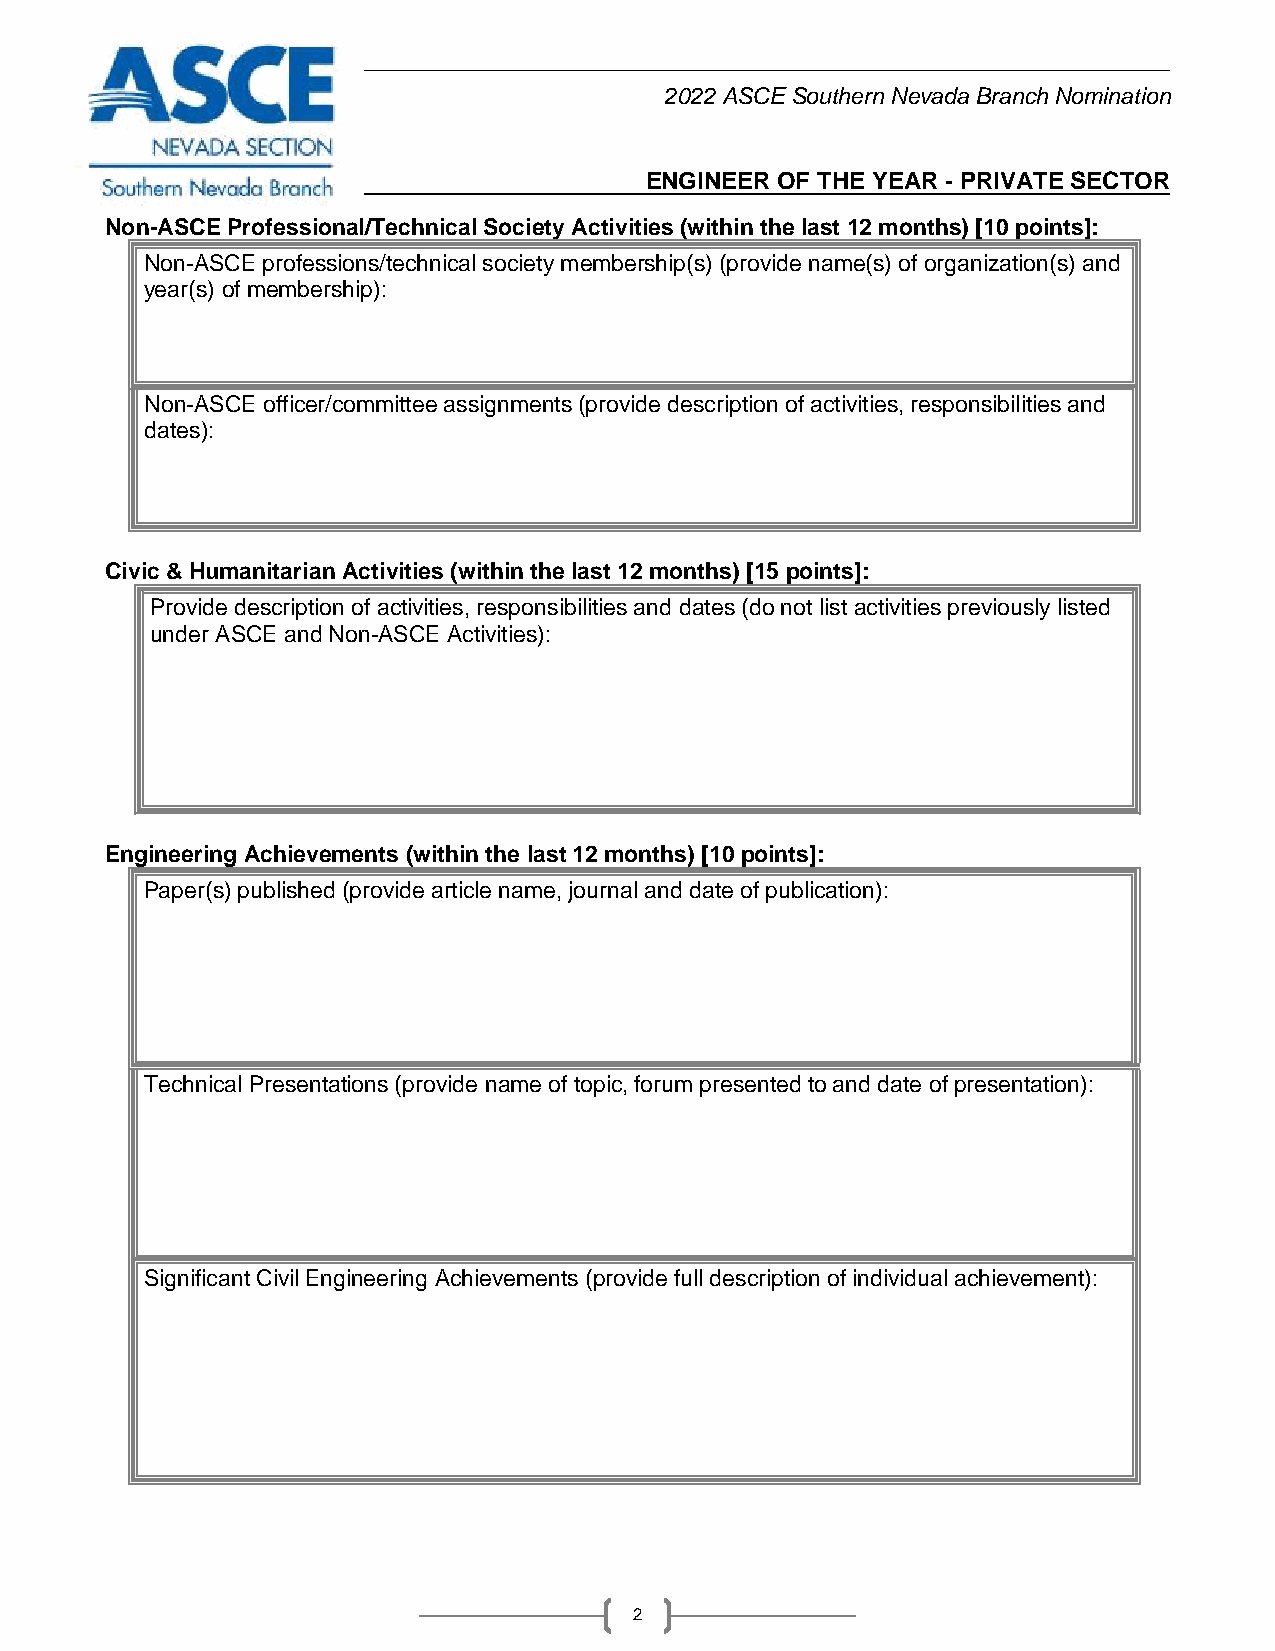
2022 ASCE Southern Nevada Branch Nomination
 ENGINEER OF THE YEAR - PRIVATE SECTOR
 Non-ASCE Professional/Technical Society Activities (within the last 12 months) [10 points]:
 Non-ASCE professions/technical society membership(s) (provide name(s) of organization(s) and
 year(s) of membership):
 Non-ASCE officer/committee assignments (provide description of activities, responsibilities and
 dates):
 Civic & Humanitarian Activities (within the last 12 months) [15 points]:
 Provide description of activities, responsibilities and dates (do not list activities previously listed
 under ASCE and Non-ASCE Activities):
 Engineering Achievements (within the last 12 months) [10 points]:
 Paper(s) published (provide article name, journal and date of publication):
 Technical Presentations (provide name of topic, forum presented to and date of presentation):
 Significant Civil Engineering Achievements (provide full description of individual achievement):
 2